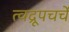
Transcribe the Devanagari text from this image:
त्वद्रूपचर्चे